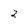
Character: 2